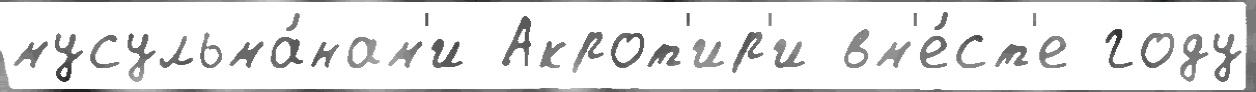
мусульма́нам'и Акрот'ир'и вм'е́ст'е году